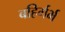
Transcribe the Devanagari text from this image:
बहिर्गर्भ